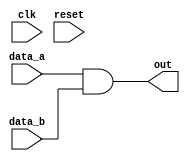
module prog(clk, reset, data_a, data_b, out);
	input clk;
	input reset;
	input [7:0] data_a;
	input [7:0] data_b;
	output [7:0] out;
	
	assign out = data_a & data_b;
endmodule